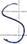
Text: S